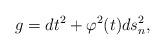
LaTeX: \begin{align*}g = dt^2 +\varphi^2(t) ds^2_n,\end{align*}